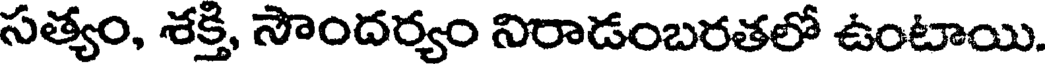
సత్యం, శక్తి, సౌందర్యం నిరాడంబరతలో ఉంటాయి.